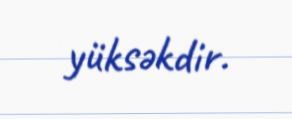
yüksəkdir.